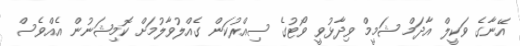
އޭނާގެ ވަކީލް އާދަމް ޝަމީމް ވިދާޅުވީ ވޯޓުގެ ސިއްރުކަން ގެއްލުވާލުމަށް ކޮމިޝަނުން އެއްވެސް